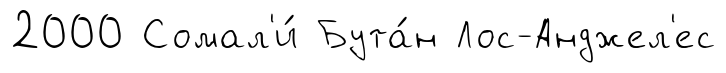
2000 Сомал'и́ Бута́н Лос-Анджел'ес